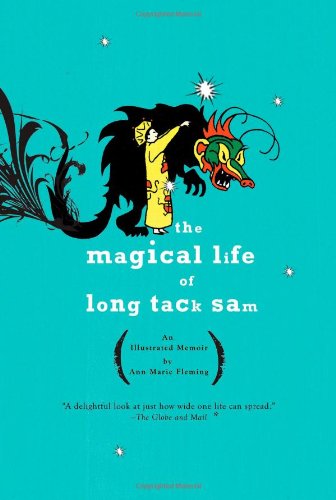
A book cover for The Magical Life of Long Tack Sam: An Illustrated Memoir; Ann Marie Fleming; Humor & Entertainment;